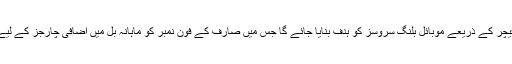
گوگل کے مطابق اس فیچر کے ذریعے موبائل بلنگ سروسز کو ہدف بنایا جائے گا جس میں صارف کے فون نمبر کو ماہانہ بل میں اضافی چارجز کے لیے استعمال کیا جاتا ہے۔